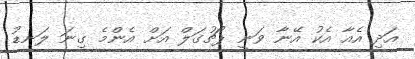
އަދި އެއާ އެކު އޭނާ ވަނީ ޕޯޗުގަލް އަށް އެންމެ ގިނަ ލަނޑު